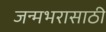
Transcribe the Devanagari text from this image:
जन्मभरासाठी